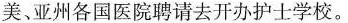
美，亚州各国医院聘请去开办护士学校。